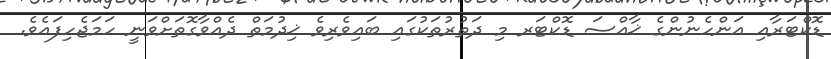
ޑޮކްޓަރާއި އަންހެނުންގެ ޚާއްސަ ޑޮކްޓަރ މި ދަތުރުތަކުގައި ބައިވެރިވެ ޚިދުމަތް ދެއްވާގޮތަށްވަނީ ހަމަޖެހިފައެވެ.